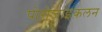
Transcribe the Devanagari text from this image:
पोरोज़ाइकलन